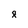
Character: 8